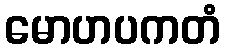
မောဟပကတံ